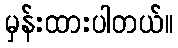
မှန်းထားပါတယ်။